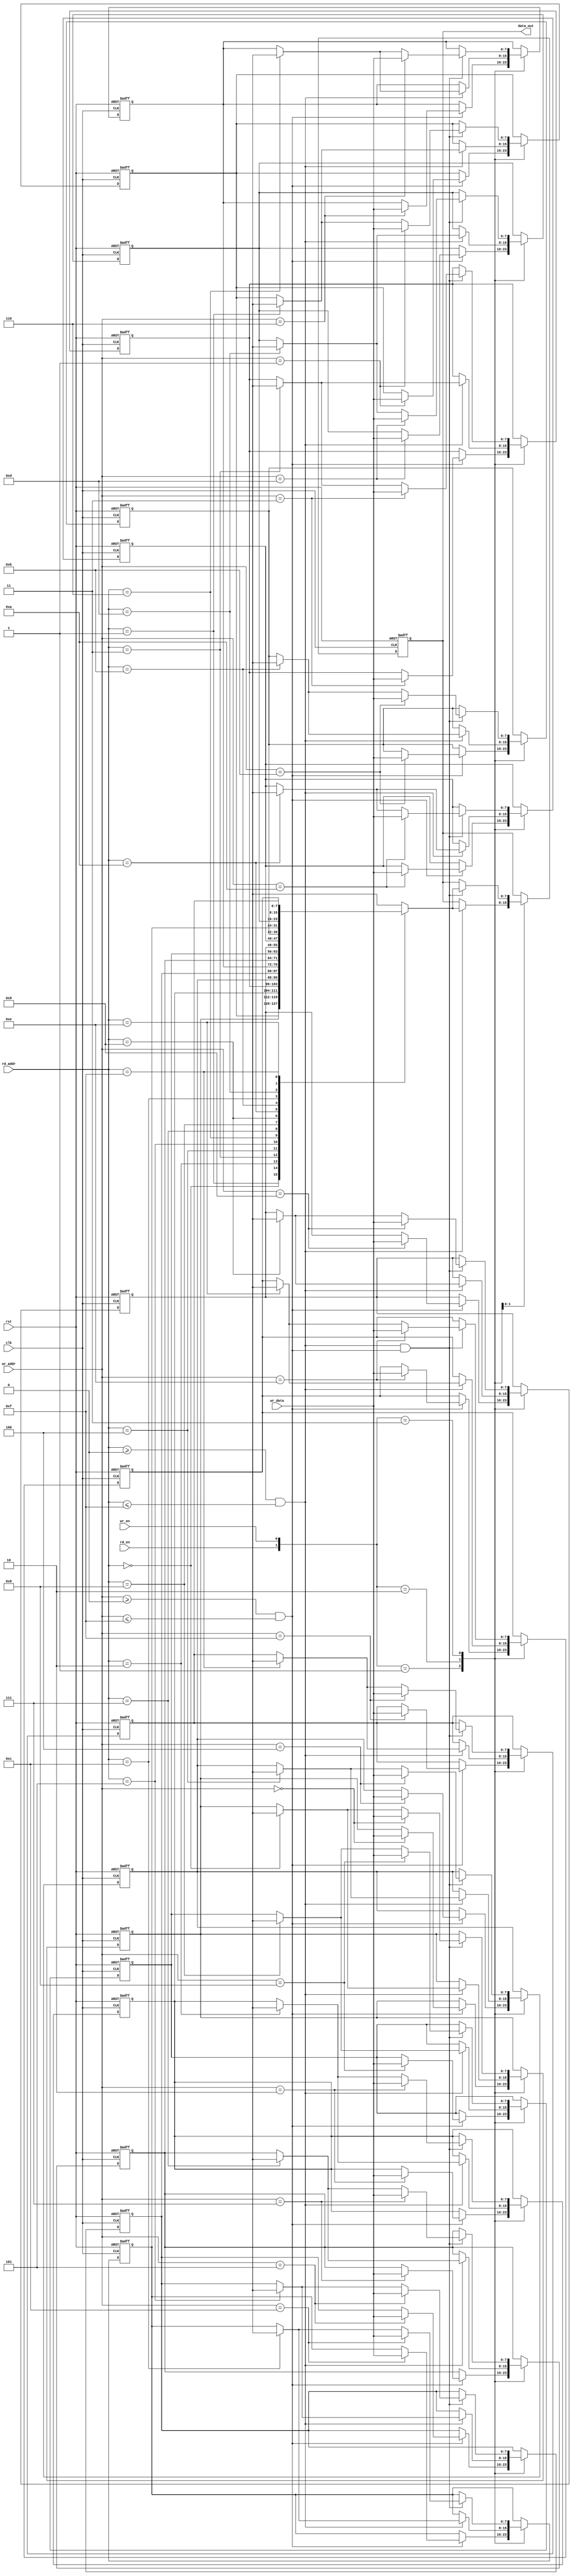
`timescale 1ns / 1ps
//////////////////////////////////////////////////////////////////////////////////
// Company: 
// Engineer: 
// 
// Design Name: 
// Module Name:    Dual_Port_RAM_16_8 
// Project Name: 
// Target Devices: 
// Tool versions: 
// Description: 
//
// Dependencies: 
//
// Revision: 
// Revision 0.01 - File Created
// Additional Comments: 
//
//////////////////////////////////////////////////////////////////////////////////
module Dual_Port_RAM_16_8(clk,rst,rd_en,wr_en,wr_data,wr_addr,rd_addr,data_out);
input clk,rst;
input rd_en,wr_en;
input [7:0] wr_data;
input [3:0] rd_addr,wr_addr;
output reg [7:0] data_out;

reg [7:0] mem [15:0];
integer i;

always@(posedge clk or negedge rst) begin
if(!rst) begin
for(i=0;i<=15;i=i+1) begin
mem[i]<=8'd0;
end
data_out<=8'd0;
end
else begin
case({rd_en,wr_en})
2'b00: data_out<=data_out;
2'b01: begin
       if(wr_addr>=8'd0 && wr_addr<=8'd15) begin
		 mem[wr_addr]<=wr_data;
		 end
		 else begin
		 $display("Give Appropriate write address!!!");
		 end
       end
2'b10: begin
       if(rd_addr>=8'd0 && rd_addr<=8'd15) begin
		 data_out<=mem[rd_addr];
		 mem[rd_addr]<=8'dx;
		 end
		 else begin
		 $display("Give Appropriate raed address!!!");
		 end
       end
2'b11: begin
       begin
       if((rd_addr>=8'd0 && rd_addr<=8'd15)&&(wr_addr>=8'd0 && wr_addr<=8'd15)) begin
		 data_out<=mem[rd_addr];
		 mem[rd_addr]<=8'dx;
		 mem[wr_addr]<=wr_data;
		 end
		 else begin
		 $display("Give Appropriate raed address or write adress!!!");
		 end
       end
       end
default: data_out<=8'dx;
endcase
end
end

endmodule